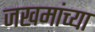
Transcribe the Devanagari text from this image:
जखमांच्या